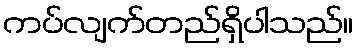
ကပ်လျက်တည်ရှိပါသည်။